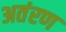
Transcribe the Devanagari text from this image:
अतंरण